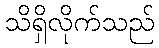
သိရှိလိုက်သည်